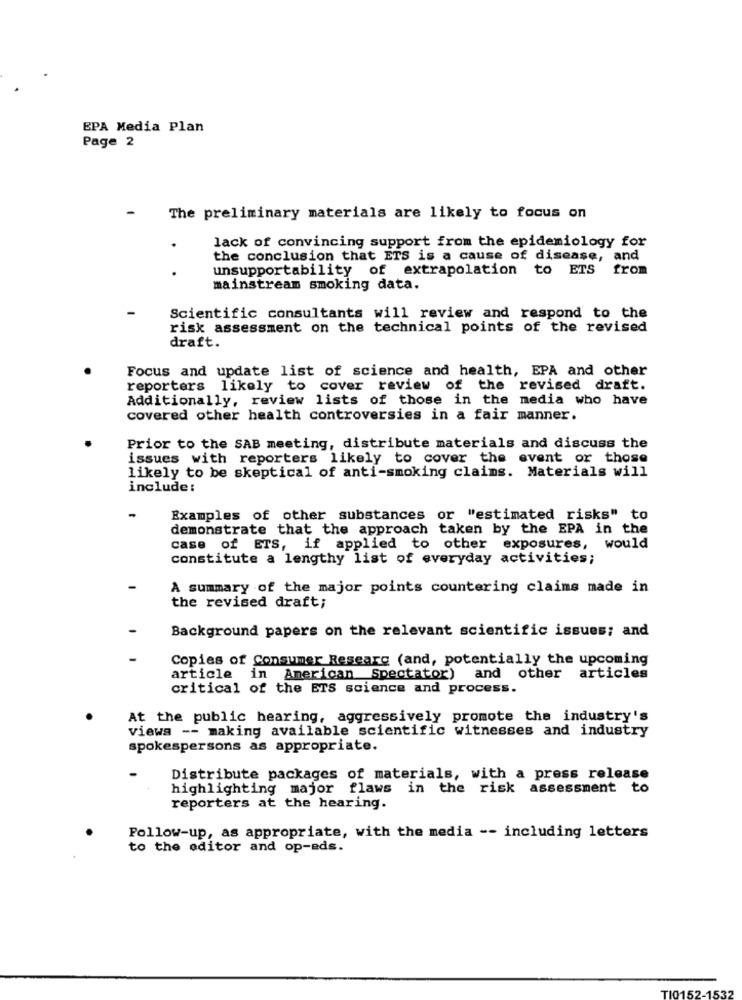
EPA Media Plan
Page 2
The preliminary materials are likely to focus on
lack of convincing support from the epidemiology for
the conclusion that ETS is a cause of disease, and
unsupportability of extrapolation to ETS
from
mainstream smoking data.
Scientific consultants will review and respond to the
risk assessment on the technical points of the revised
draft.
Focus and update list of science and health, EPA and other
reporters likely to cover review of the revised draft.
Additionally, review lists of those in the media who have
covered other health controversies in a fair manner.
Prior to the SAB meeting, distribute materials and discuss the
issues with reporters likely to cover the event or those
likely to be skeptical of anti-smoking claims. Materials will
include:
Examples of other substances or "estimated risks" to
demonstrate that the approach taken by the EPA in the
case of ETS, if applied to other exposures, would
constitute a lengthy list of everyday activities;
A summary of the major points countering claims made in
the revised draft;
Background papers on the relevant scientific issues; and
Copies of Consumer Researc (and, potentially the upcoming
article in American spectator) and other
articles
critical of the ETS science and process.
At the public hearing, aggressively promote the industry's
Views -- making available scientific witnesses and industry
spokespersons as appropriate.
Distribute packages of materials, with a press release
highlighting major flaws in the risk assessment to
reporters at the hearing.
Follow-up, as appropriate, with the media -- including letters
to the editor and op-eds.
TIO1